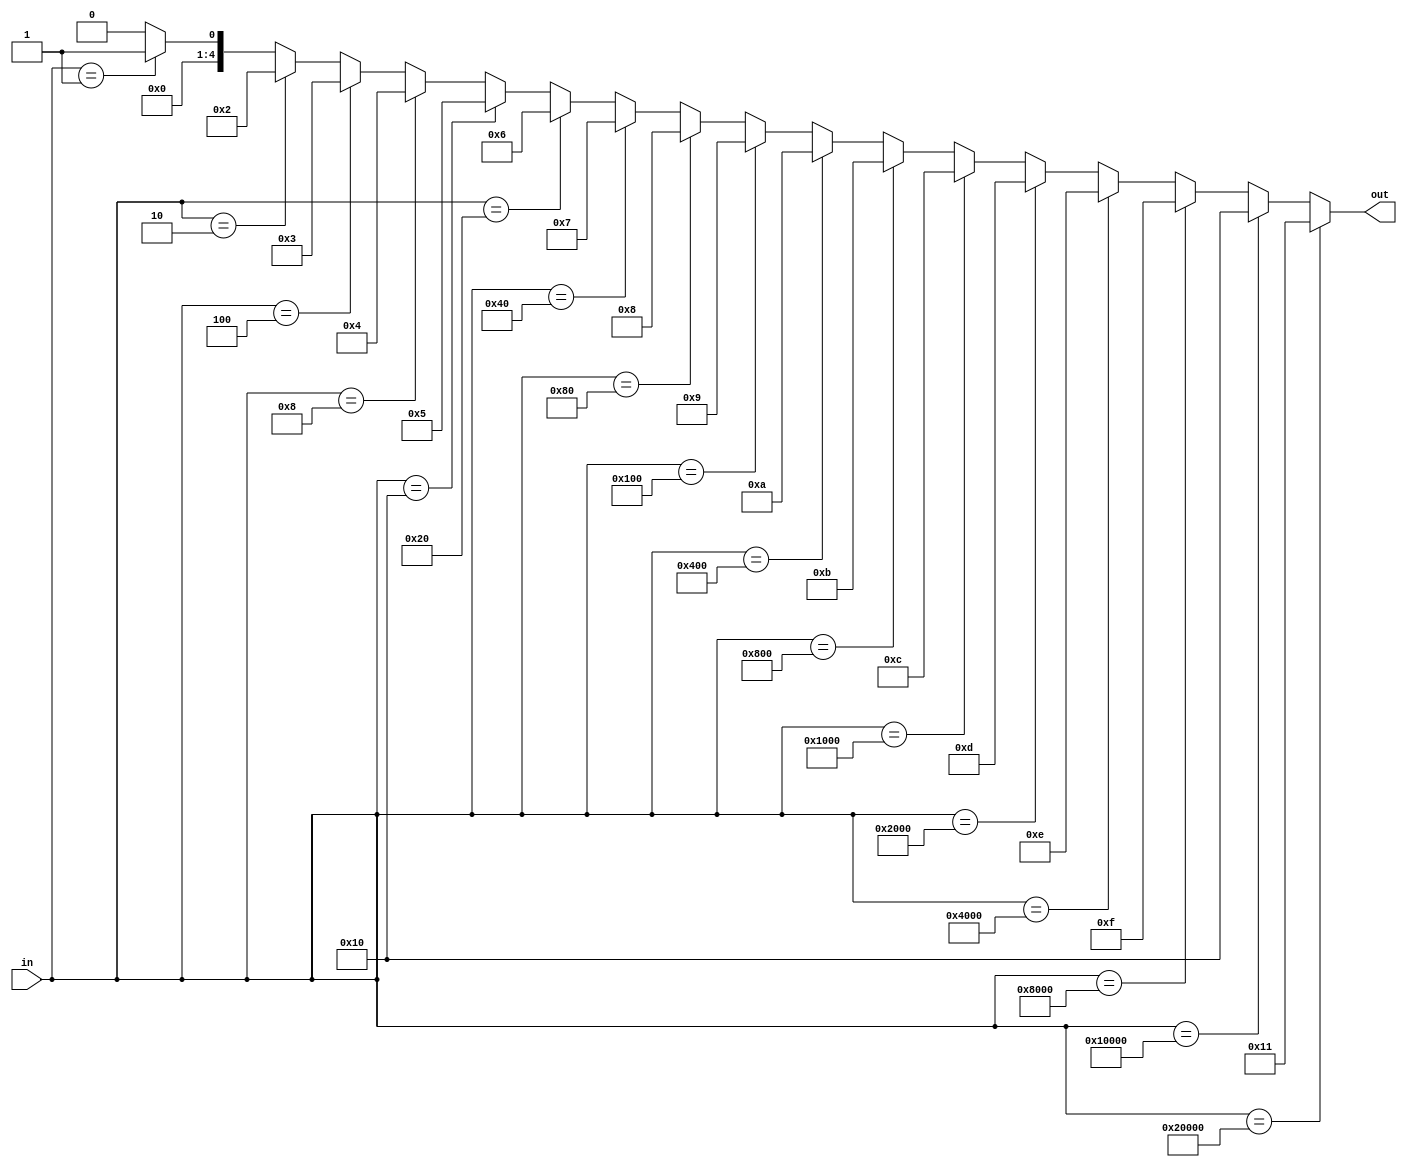
module ativ2(in, out);
	input [17:0] in;
	
	output reg [4:0] out;
	reg [5:0] i;
	
	// um bloco estatico de 18 bits para identificar um padrao one hot
	// da entrada, ou seja, se dois blocos de entrada ficarem um ele nao ativara,
	// serve somente para entradas que dependem do usuario, ou seja, um clock rapido demais
	// para qeu o usuario consiga ativar mais de um switch antes da resposta do sistema
	
	always @ (in)
	begin
//		for (i=0; i<18; i= i+ 1)
//		begin
//			if (in[i] == 1'b1)
//			begin
//				number = i;
//				sum = sum+1;
//			end
//		end
		out = 0;
		if (in == 1) out = 1;
		if (in == 2) out = 2;
		if (in == 4) out = 3;
		if (in == 8) out = 4;
		if (in == 16) out = 5;
		if (in == 32) out = 6;
		if (in == 64) out = 7;
		if (in == 128) out = 8;
		if (in == 256) out = 9;
		if (in == 1024) out = 10;
		if (in == 2048) out = 11;
		if (in == 4096) out = 12;
		if (in == 8192) out = 13;
		if (in == 16384) out = 14;
		if (in == 32768) out = 15;
		if (in == 65536) out = 16;
		if (in == 131072) out = 17;
		if (in == 262144) out = 18;
	end
endmodule